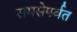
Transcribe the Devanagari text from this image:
समसेपर्वत